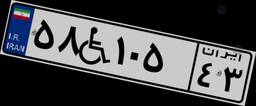
۵۸W۱۰۵۴۳